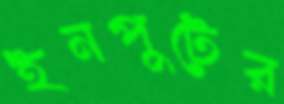
ইনপুটের